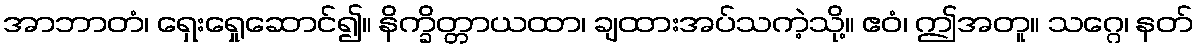
အာဘာတံ၊ ရှေးရှေုဆောင်၍။ နိက္ခိတ္တာယထာ၊ ချထားအပ်သကဲ့သို့။ ဧဝံ၊ ဤအတူ။ သဂ္ဂေ၊ နတ်